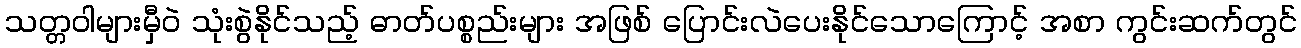
သတ္တဝါများမှီဝဲ သုံးစွဲနိုင်သည့် ဓာတ်ပစ္စည်းများ အဖြစ် ပြောင်းလဲပေးနိုင်သောကြောင့် အစာ ကွင်းဆက်တွင်